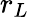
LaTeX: r_{L}